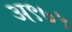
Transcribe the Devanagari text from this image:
अ९७५